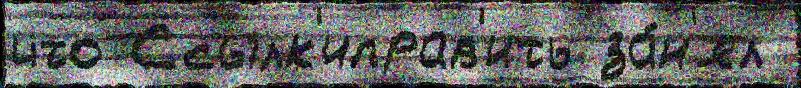
что Ссылк'иправ'ить за́н'ял